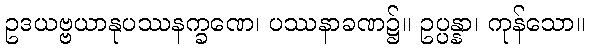
ဥဒယဗ္ဗယာနုပဿနက္ခဏေ၊ ပဿနာခဏ၌။ ဥပ္ပန္နာ၊ ကုန်သော။